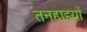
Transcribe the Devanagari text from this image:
तनहाइयों